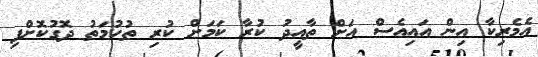
އެމެރިކާ އިން އައިއެސް އަށް ތާއީދު ކުރާ ކަމަށް ކުރި ތުހުމަތު ދޮގުކޮށްފި